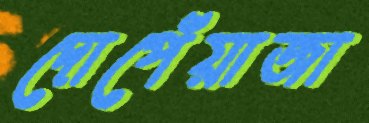
দোপেঁয়াজা